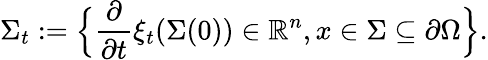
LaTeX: \Sigma_{t}:=\Big\{ \frac{\partial}{\partial t}\xi_{t}(\Sigma(0))\in\mathbb{R}^{n},x\in\Sigma\subseteq\partial\Omega\Big\} .